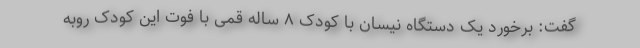
گفت: برخورد یک دستگاه نیسان با کودک ۸ ساله قمی با فوت این کودک روبه